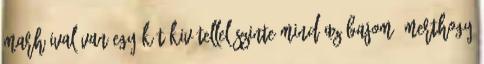
marháival van egy-két kivétellel szinte mind az bajom, merthogy